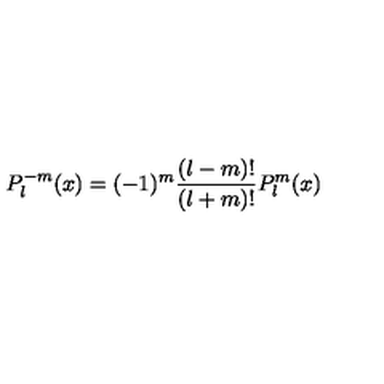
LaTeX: P _ { l } ^ { - m } ( x ) = ( - 1 ) ^ { m } \frac { ( l - m ) ! } { ( l + m ) ! } P _ { l } ^ { m } ( x )